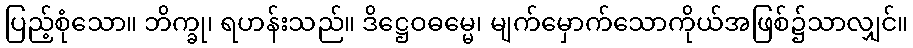
ပြည့်စုံသော။ ဘိက္ခု၊ ရဟန်းသည်။ ဒိဋ္ဌေဝဓမ္မေ၊ မျက်မှောက်သောကိုယ်အဖြစ်၌သာလျှင်။